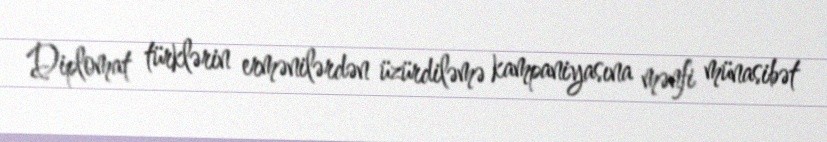
Diplomat türklərin ermənilərdən üzürdiləmə kampaniyasına mənfi münasibət